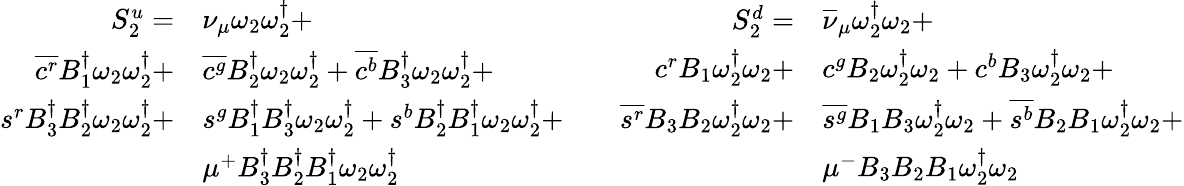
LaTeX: \begin{array}{rl}{S_{2}^{u}=}&{{\nu_{\mu}}\omega_{2}\omega_{2}^{\dagger}+}\\ {\overline{{c^{r}}}{B_{1}^{\dagger}}\omega_{2}\omega_{2}^{\dagger}+}&{\overline{{c^{g}}}{B_{2}^{\dagger}}\omega_{2}\omega_{2}^{\dagger}+\overline{{c^{b}}}{B_{3}^{\dagger}}\omega_{2}\omega_{2}^{\dagger}+}\\ {s^{r}{B_{3}^{\dagger}}{B_{2}^{\dagger}}\omega_{2}\omega_{2}^{\dagger}+}&{s^{g}{B_{1}^{\dagger}}{B_{3}^{\dagger}}\omega_{2}\omega_{2}^{\dagger}+s^{b}{B_{2}^{\dagger}}{B_{1}^{\dagger}}\omega_{2}\omega_{2}^{\dagger}+}\\ &{\mu^{+}{B_{3}^{\dagger}}{B_{2}^{\dagger}}{B_{1}^{\dagger}}\omega_{2}\omega_{2}^{\dagger}}\end{array}\qquad\begin{array}{rl}{S_{2}^{d}=}&{{\overline{{\nu}}_{\mu}}\omega_{2}^{\dagger}\omega_{2}+}\\ {{c}^{r}{B_{1}}\omega_{2}^{\dagger}\omega_{2}+}&{{c}^{g}{B_{2}}\omega_{2}^{\dagger}\omega_{2}+{c}^{b}{B_{3}}\omega_{2}^{\dagger}\omega_{2}+}\\ {\overline{{s^{r}}}{B_{3}}{B_{2}}\omega_{2}^{\dagger}\omega_{2}+}&{\overline{{s^{g}}}{B_{1}}{B_{3}}\omega_{2}^{\dagger}\omega_{2}+\overline{{s^{b}}}{B_{2}}{B_{1}}\omega_{2}^{\dagger}\omega_{2}+}\\ &{\mu^{-}{B_{3}}{B_{2}}{B_{1}}\omega_{2}^{\dagger}\omega_{2}}\end{array}